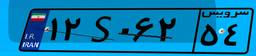
۳۸S۶۹۳۰۷